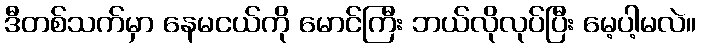
ဒီတစ်သက်မှာ နေမငယ်ကို မောင်ကြီး ဘယ်လိုလုပ်ပြီး မေ့ပါ့မလဲ။